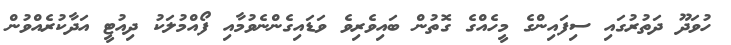
ހުވަދޫ ދަތުރުގައި ސިފައިންގެ މީހެއްގެ ގޮތުން ބައިވެރިވެ ވަޑައިގެންނެވުމާއި ފޯއްމުލަކު ދިއުޓީ އަދާކުރެއްވުން